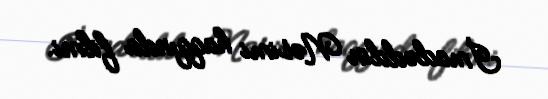
İmadəddin Nəsimi haqqında filmi.